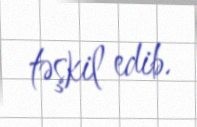
təşkil edib.